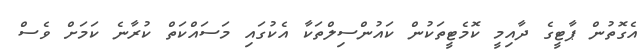
އެގޮތުން ޕާޓީގެ ދާއިމީ ކޮމެޓީތަކުން ކައުންސިލްތަކާ އެކުގައި މަސައްކަތް ކުރާނެ ކަމަށް ވެސް